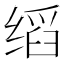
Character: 𬘺